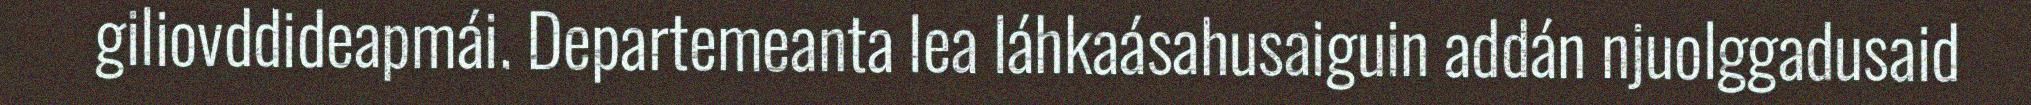
giliovddideapmái. Departemeanta lea láhkaásahusaiguin addán njuolggadusaid